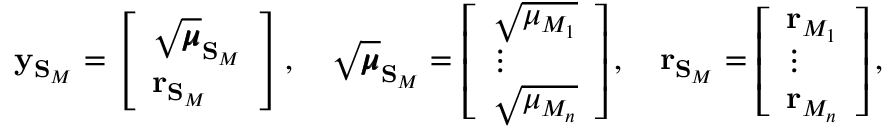
\mathbf { y } _ { \mathbf { S } _ { M } } = \left[ \begin{array} { l } { \sqrt { \pmb { \mu } } _ { \mathbf { S } _ { M } } } \\ { \mathbf { r } _ { \mathbf { S } _ { M } } } \end{array} \right] , \quad \sqrt { \pmb { \mu } } _ { \mathbf { S } _ { M } } = \left[ \begin{array} { l } { \sqrt { \mu _ { M _ { 1 } } } } \\ { \vdots } \\ { \sqrt { \mu _ { M _ { n } } } } \end{array} \right] , \quad \mathbf { r } _ { \mathbf { S } _ { M } } = \left[ \begin{array} { l } { \mathbf { r } _ { M _ { 1 } } } \\ { \vdots } \\ { \mathbf { r } _ { M _ { n } } } \end{array} \right] ,